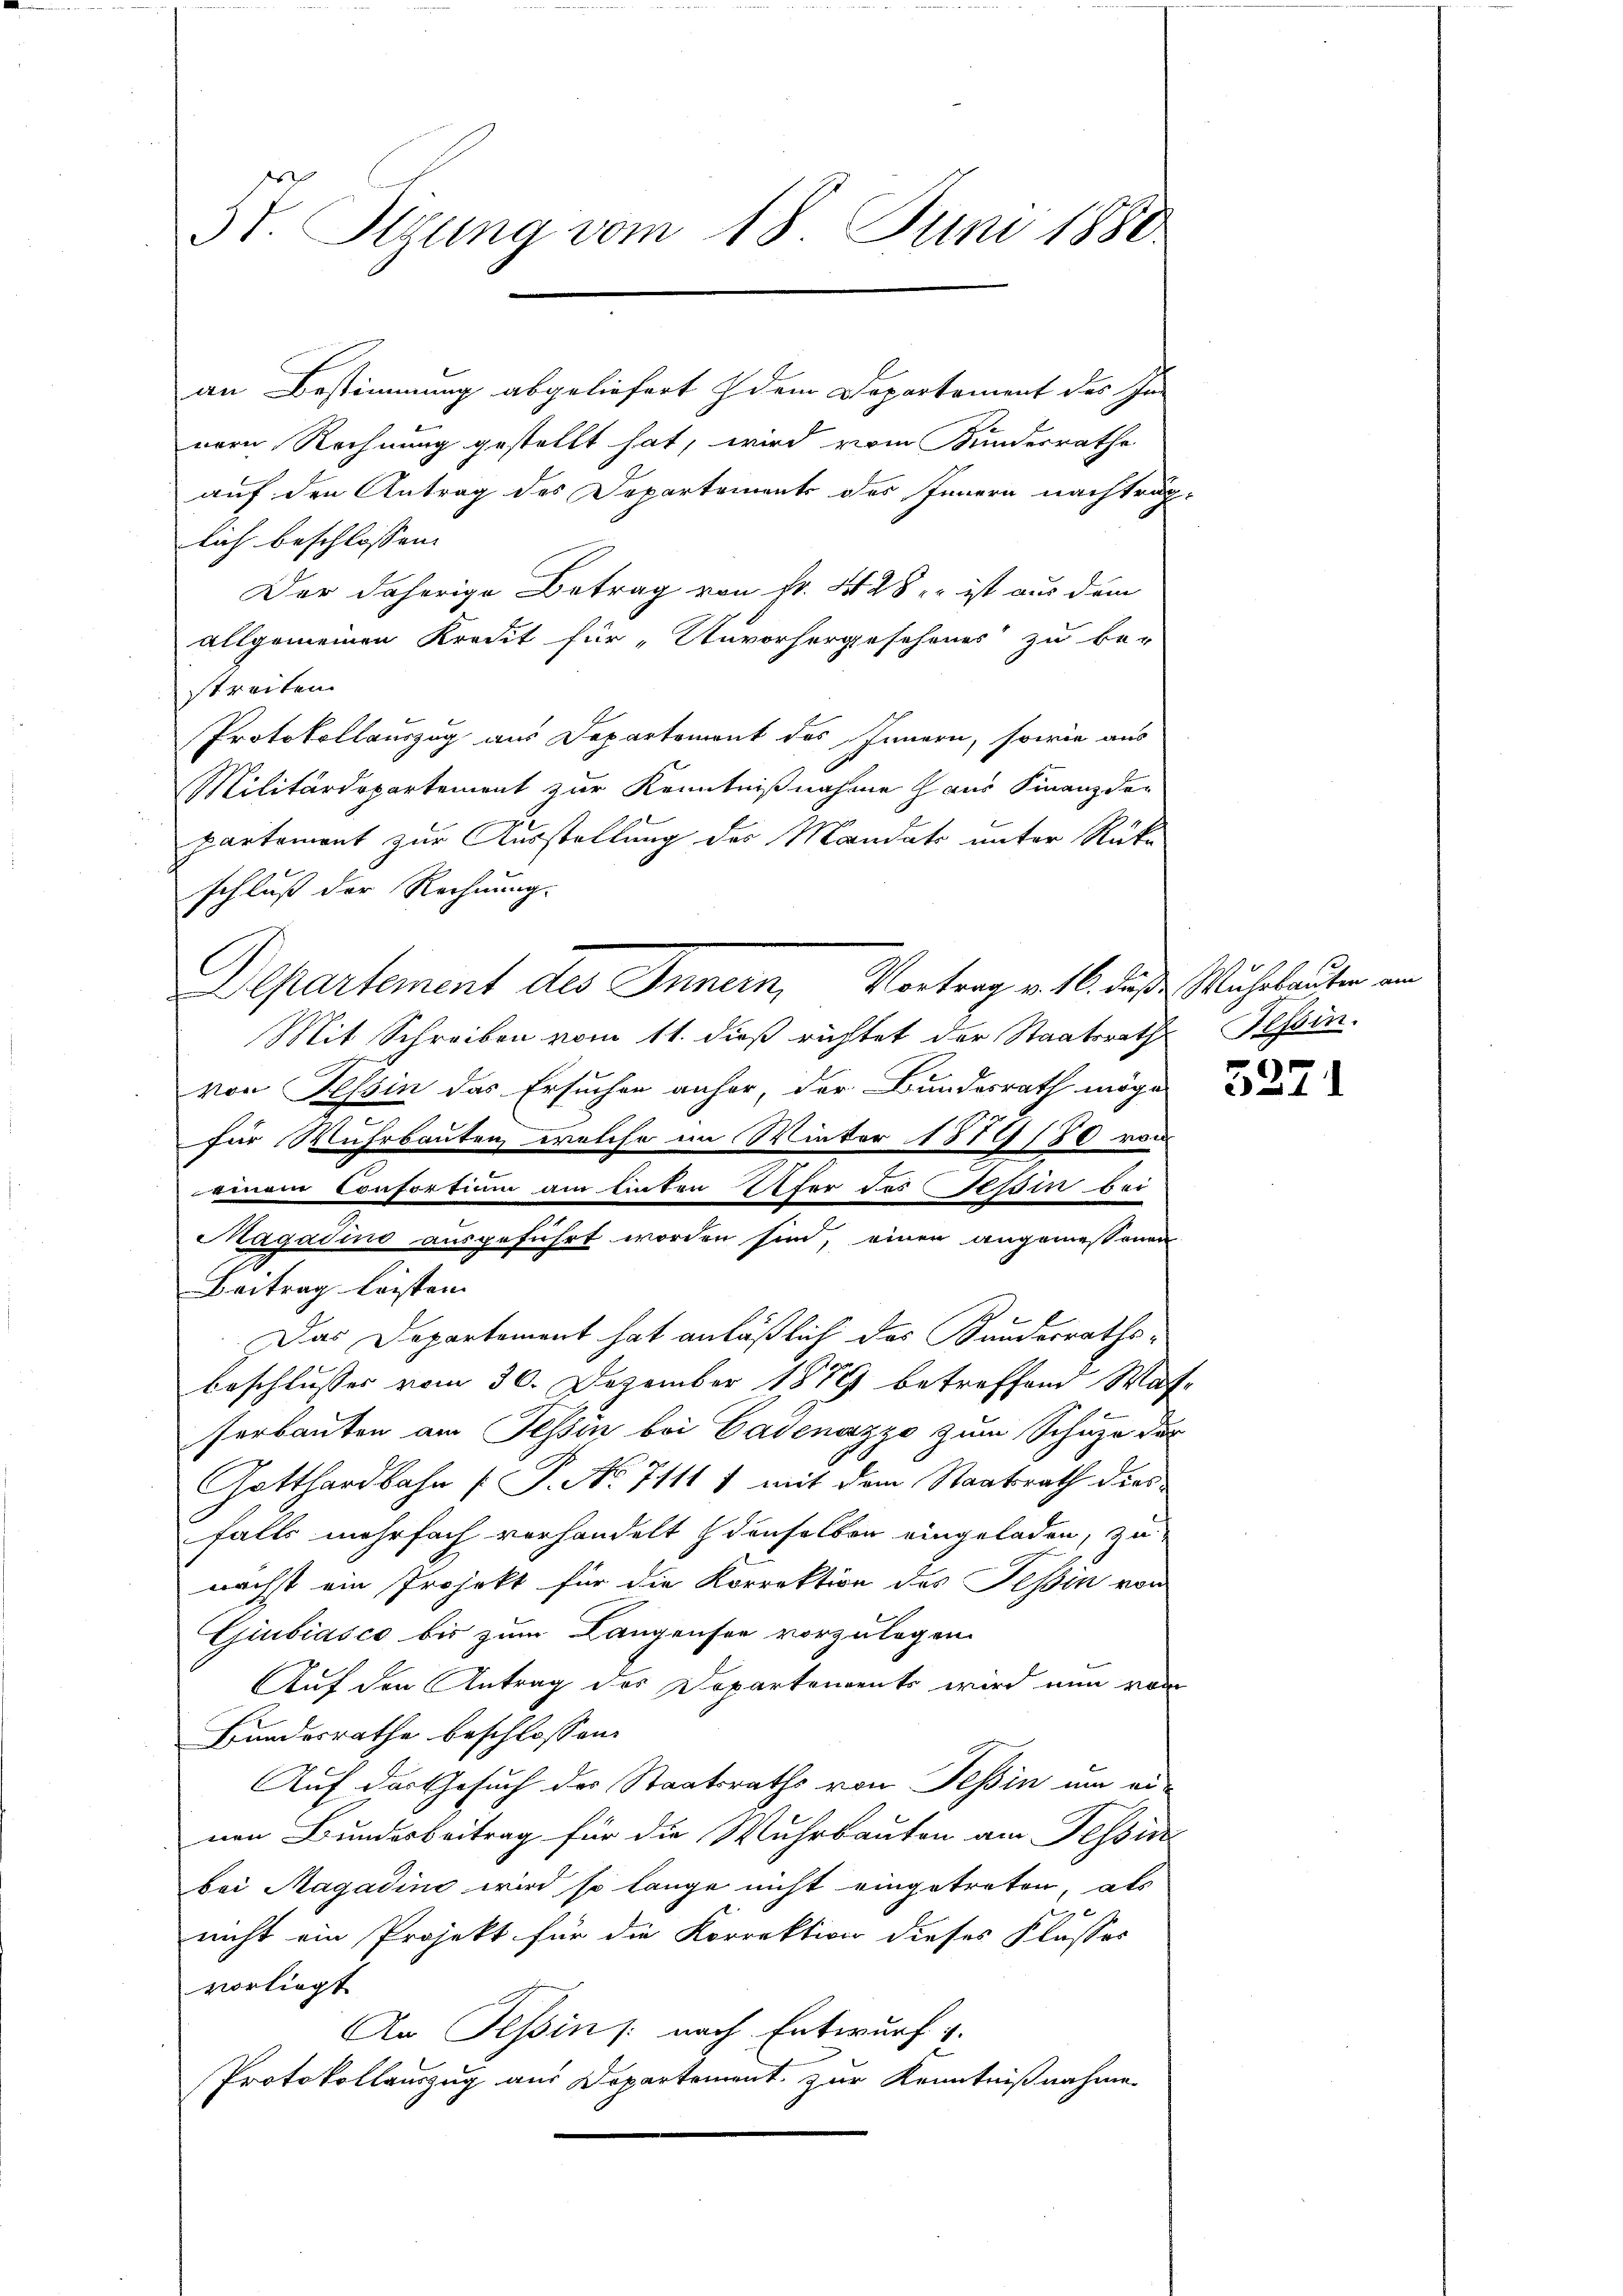
St. Sigung vom 18. Juni 1880

an Bestimmung abgeliefert dem Departement des In-
rern Rechnung gestellt hat, wird vom Kundesrathe
auf den Antrag des Departements des Innern nachträg-
lich beschlossen
Der daherige Betrag von Fr. 428, ist aus dem
allgemeinen Kredit für „Unvorhergesehenes zu be-
streiten.
Protokollauszug aus Departement des Innern, sowie aus
Militärdepartement zur Kenntnißnahme Haus Finanzder
partement zur Ausstellung des Mandato unter Rücke
schluß der Rechnung.
Separtement des Innern, Vortrag v. 16. dasse Müheleuten von
Mit Schreiben vom 11. dieß richtet der Staatsrath Tessin.
von Tessin das Ersuchen anher, der Bundesrath möge
für Wuhrbauten, welche im Winter 1879 180 von
einem Confortium am linten Ufer des Tessin bei
Magadino ausgeführt worden sind, einen angemessenen
Beitrag leisten.
Das Departement hat anläßlich des Kundesraths-
Beschlusses vom 30. Dezember 1879 betreffend Was-
serbauten am Tessin bei Gadenazzo zum Schuze der
Gotthardbahn (T. No 7111 1 mit dem Staatsrath dies
falls mehrfach vorhandelt denselben eingeladen, zu
nächst ein Projekt für die Korrektion des Tessin von
Giubiasco bis zum Langensee vorzulegen.
Auf den Antrag des Departements wird nun von
Bundesrathe beschlossen:
Auf das Gesuch der Staatsraths von Tessin um ei-
nen Bundesbeitrag für die Wuhrbauten am Tessin
bei Magadini wird so lange nicht eingetreten, als
nicht ein Projekt für die Korrektion dieses Flusses
vorliegt
An Tessin /: nach Entwurf v.
Protokollauszug aus Departement zur Kenntnißnahme

C

5271